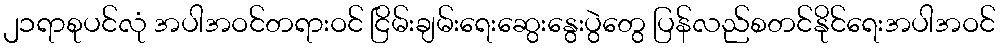
၂၁ရာစုပင်လုံ အပါအဝင်တရားဝင် ငြိမ်းချမ်းရေးဆွေးနွေးပွဲတွေ ပြန်လည်စတင်နိုင်ရေးအပါအဝင်